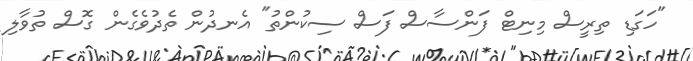
"ހަގަޑި ތިރީސް މިނިޓް ފަންސާސް ފަސް ސިކުންތު" އެނދުން ތެދުވެގެން ގޮސް ތުވާލި